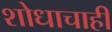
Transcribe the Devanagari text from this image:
शोधाचाही